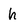
Character: h